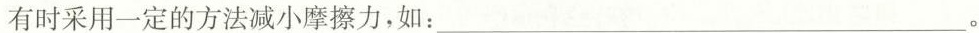
有时采用一定的方法减小摩擦力，如：___。